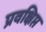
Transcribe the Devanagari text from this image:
प्रवक्षिप्त